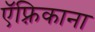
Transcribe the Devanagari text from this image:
ऍफ़्रिकाना